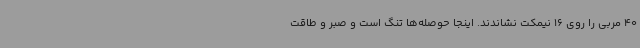
40 مربی را روی 16 نیمکت نشاندند. اینجا حوصله‌ها تنگ است و صبر و طاقت